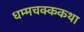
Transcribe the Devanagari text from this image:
धम्मचक्ककथा